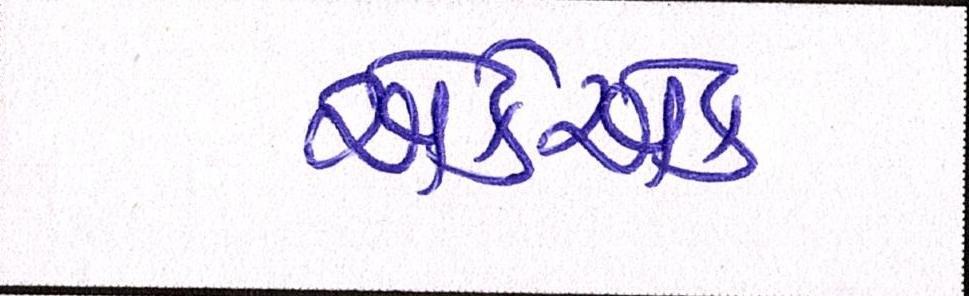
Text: એકેએક